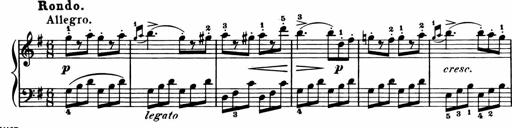
Title: 11 Sonatinas for Piano Solo
Composer: Anton Diabelli